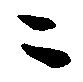
ニ